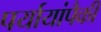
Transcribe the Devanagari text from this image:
पर्यायांपैकी